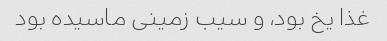
غذا یخ بود، و سیب زمینی ماسیده بود